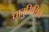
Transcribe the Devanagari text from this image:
धातुमिश्रित